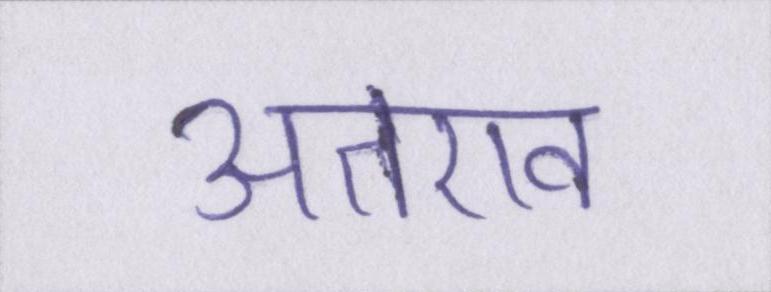
अतएव